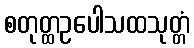
စတုတ္ထဥပေါသထသုတ္တံ